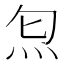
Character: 𤆫